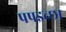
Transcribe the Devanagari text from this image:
पपइच्छा